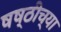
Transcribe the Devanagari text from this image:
षष्ठीच्या